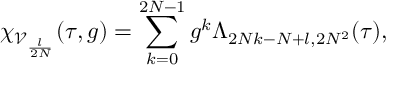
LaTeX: \chi _ { \mathcal { V } _ { \frac { l } { 2 N } } } ( \tau , g ) = \sum _ { k = 0 } ^ { 2 N - 1 } g ^ { k } \Lambda _ { 2 N k - N + l , 2 N ^ { 2 } } ( \tau ) ,